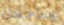
وسأجعل